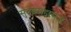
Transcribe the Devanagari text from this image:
सुदेशमहाराज